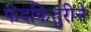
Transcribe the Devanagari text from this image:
फंदफितुरीने